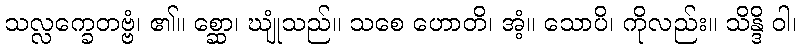
သလ္လက္ခေတဗ္ဗံ၊ ၏။ စ္ဆော၊ ဃျုံသည်။ သစေ ဟောတိ၊ အံ့။ သောပိ၊ ကိုလည်း။ သိန္ဒိ ဝါ၊